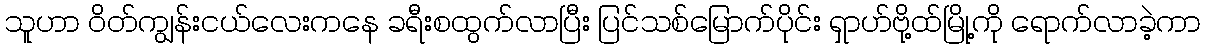
သူဟာ ဝိတ်ကျွန်းငယ်လေးကနေ ခရီးစထွက်လာပြီး ပြင်သစ်မြောက်ပိုင်း ရှာဟ်ဗို့ထ်မြို့ကို ရောက်လာခဲ့ကာ